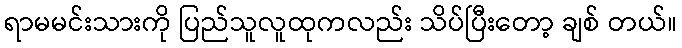
ရာမမင်းသားကို ပြည်သူလူထုကလည်း သိပ်ပြီးတော့ ချစ် တယ်။